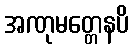
အဏုမတ္တေနပိ